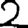
Digit: 2